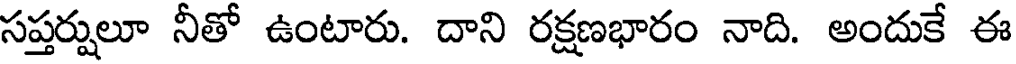
సప్తర్షులూ నీతో ఉంటారు. దాని రక్షణభారం నాది. అందుకే ఈ